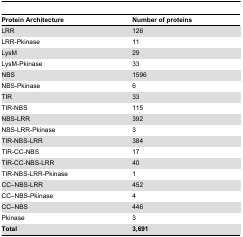
| Protein Architecture | Number of proteins |
 | --- | --- |
 | LRR | 126 |
 | LRR-Pkinase | 11 |
 | LysM | 29 |
 | LysM-Pkinase | 33 |
 | NBS | 1596 |
 | NBS-Pkinase | 6 |
 | TIR | 33 |
 | TIR-NBS | 115 |
 | NBS-LRR | 392 |
 | NBS-LRR-Pkinase | 3 |
 | TIR-NBS-LRR | 384 |
 | TIR-CC-NBS | 17 |
 | TIR-CC-NBS-LRR | 40 |
 | TIR-NBS-LRR-Pkinase | 1 |
 | CC–NBS-LRR | 452 |
 | CC–NBS-Pkinase | 4 |
 | CC–NBS | 446 |
 | Pkinase | 3 |
 | Total | 3,691 |